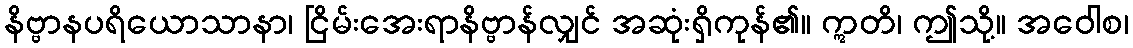
နိဗ္ဗာနပရိယောသာနာ၊ ငြိမ်းအေးရာနိဗ္ဗာန်လျှင် အဆုံးရှိကုန်၏။ ဣတိ၊ ဤသို့။ အဝေါစ၊